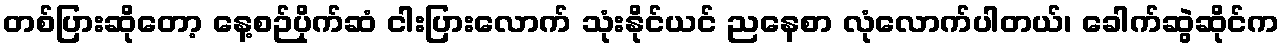
တစ်ပြားဆိုတော့ နေ့စဉ်ပိုက်ဆံ ငါးပြားလောက် သုံးနိုင်ယင် ညနေစာ လုံလောက်ပါတယ်၊ ခေါက်ဆွဲဆိုင်က